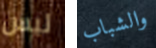
ليس والشباب